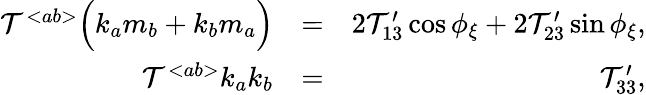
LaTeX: \begin{array}{rlr}{{\cal T}^{<ab>}\Big(k_{a}m_{b}+k_{b}m_{a}\Big)}&{=}&{2{\cal T}_{13}^{\prime}\cos\phi_{\xi}+2{\cal T}_{23}^{\prime}\sin\phi_{\xi},}\\ {{\cal T}^{<ab>}k_{a}k_{b}}&{=}&{{\cal T}_{33}^{\prime},}\end{array}